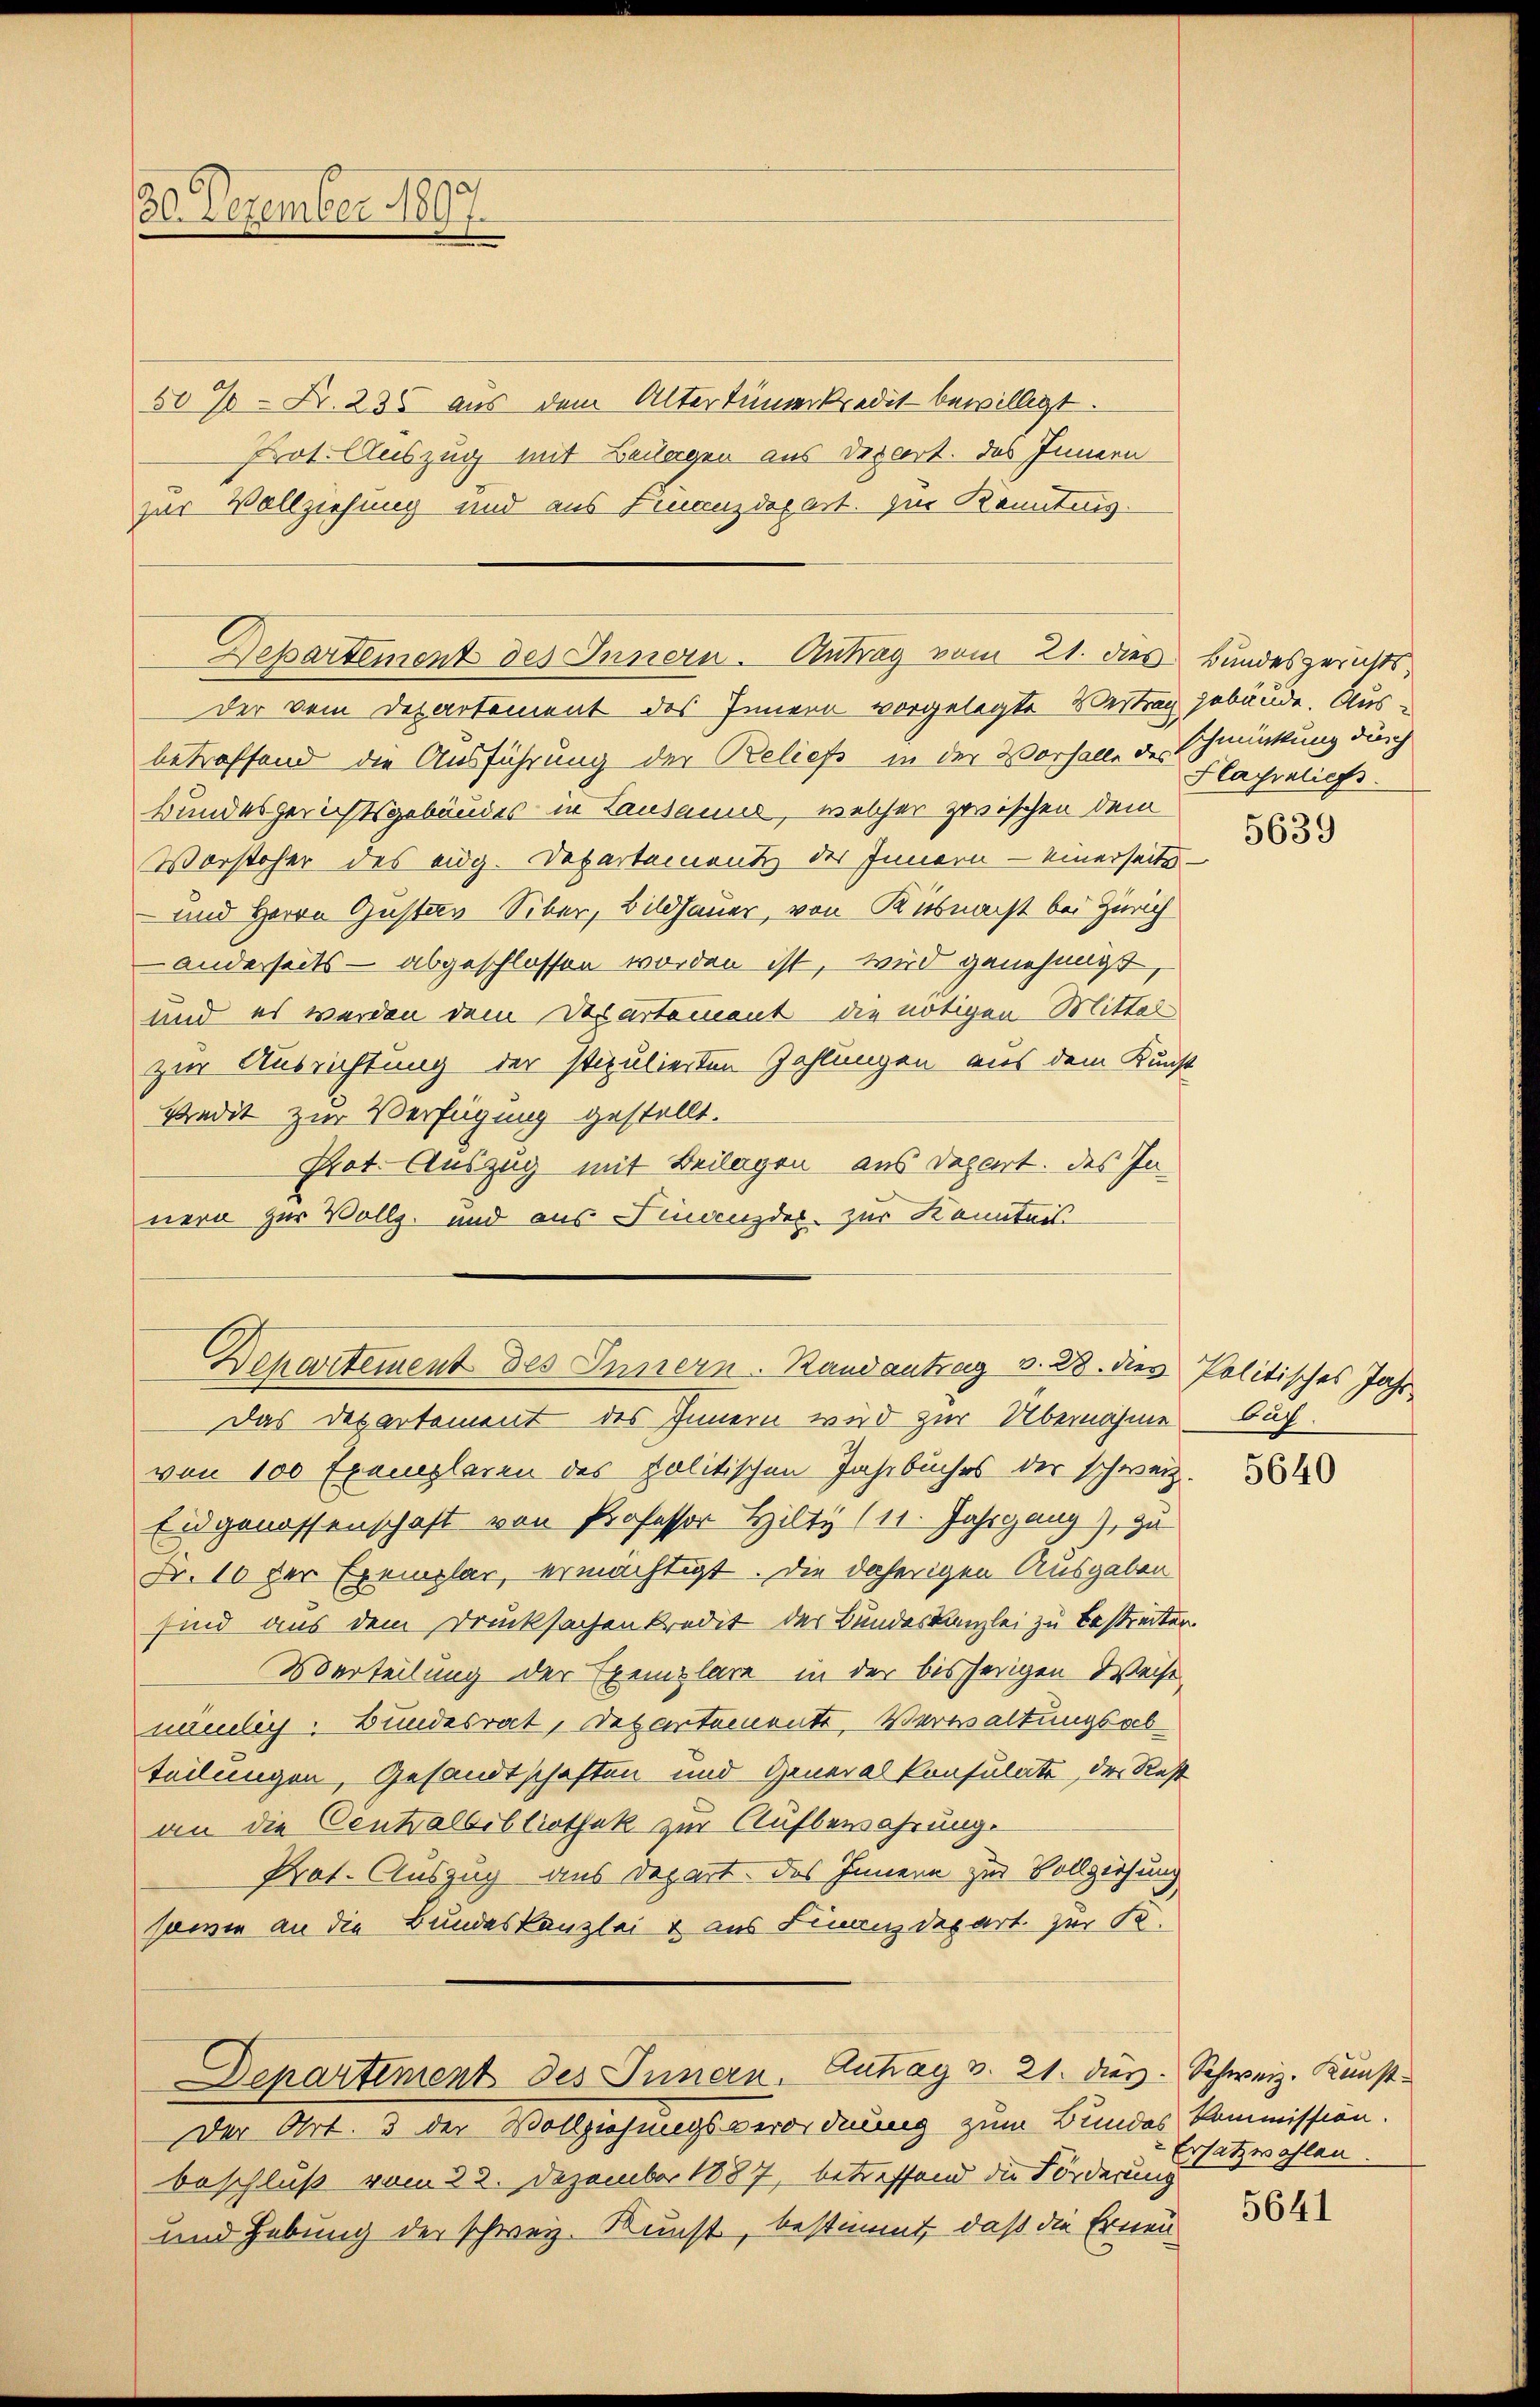
30. Dezember 1897.

50% = Fr. 235 aus dem Altertümerkredit bewilligt.
Prot. Auszug mit Beiorgen aus Depart. Das Innern
zur Vollziehung und aus Finanzdepart. Im Kenntnis.

betreffend die Ausführung der Beliefs in der Vorfalle des Schmückung durch
Bundesgerichtsgebäudes in Lausanus, welcher zwischen dem
Worsteher des eidg. Departement des Innern - einerseite
- und Herrn Gustav Siber, Bildhauer, von Küsnacht bei Zürich
- anderseits – abgeschlossen worden ist, wird genehmigt,
und es werden dem Departement die nötigen Mittel
zur Ausrichtung der stipulierten Zahlungen aus dem Kunst
Aedit zur Verfügung gestellt.
Prot. Auszug mit Beilagen aus Depart. des In-
nern zur Vollz. und aus Finanzdes. zur Kenntnis
Das Departement des Innern wird zur Übernahme buch.
von 100 Exemplaren des politischen Jahrbuches der schweiz.
Eidgenossenschaft von Professor Hilty (11. Jahrgang, zu
Fr. 10 der Exemplar, ermächtigt. Die daherigen Ausgaben
sind aus dem Drucksachenkredit der Bundeskanzlei zu bestreiten
Üerteilung der Exemplare in der bisherigen Weise
nämlich. Bundesrat, Departemente Verwaltungsabteilungen, Gesandtschaften und Generalkonsulat, der Rest
an die Centralbibliothek zur Aufbewahrung.
Prot. Auszug aus Depart. Das Innern zur Vollziehung
sowie an die Bundeskanzlei & aus Finanzdepart zur Se-
Departiment des Innern. Auhag v. 21. dies. Schweiz. Kunst
Der Art. 3 der Vollziehungsverordnung zum Bundes Kommission.
beschluß vom 22. Dezember 1887, betreffend die Förderung
und Hebung der schweiz. Kunst, bestimmt, daß die Erneu¬

Departement des Innern. Antrag vom 21. dies Bundesgerichts,
Der vom Departement des Innern vorgelegte Vertrag gebäude. Aus¬

Departement des Innern. Randantrag v. 28. dies Politisches Jahr

Flayreliefs

5639

5640

Ersatzwahlen.

5641